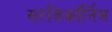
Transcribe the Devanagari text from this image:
सरविकॉर्निस